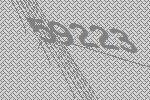
59223